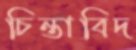
চিন্তাবিদ